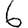
Digit: 6